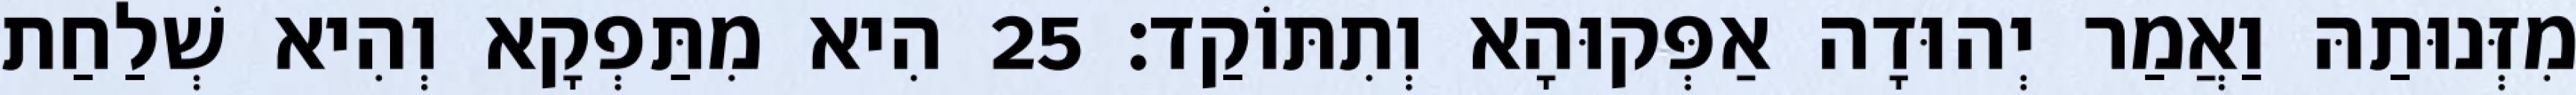
מִזְּנוּתַהּ וַאֲמַר יְהוּדָה אַפְּקוּהָא וְתִתּוֹקַד׃ 25 הִיא מִתַּפְקָא וְהִיא שְׁלַחַת